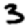
Digit: 3